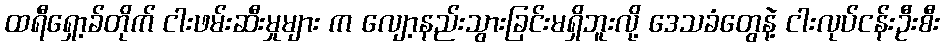
ထရီရှော့ခ်တိုက် ငါးဖမ်းဆီးမှုများ က လျော့နည်းသွားခြင်းမရှိဘူးလို့ ဒေသခံတွေနဲ့ ငါးလုပ်ငန်းဦးစီး